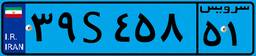
۳۹S۴۵۸۵۱